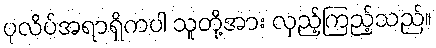
ပုလိပ်အရာရှိကပါ သူတို့အား လှည့်ကြည့်သည်။